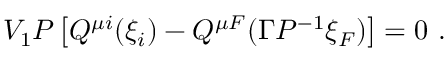
V _ { 1 } { \cal P } \left[ Q ^ { \mu i } ( \xi _ { i } ) - Q ^ { \mu F } ( \Gamma { \cal P } ^ { - 1 } \xi _ { F } ) \right] = 0 \ .